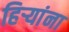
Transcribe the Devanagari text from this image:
हिर्‍यांना